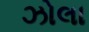
ઝોલા